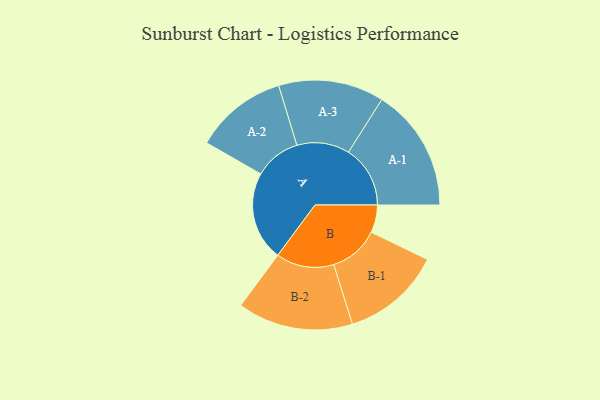
{"axis": {"x": "Segment", "y": "Value"}, "legend": ["", "A", "B"], "data": [{"x": "A", "y": 387, "type": ""}, {"x": "B", "y": 120, "type": ""}, {"x": "A-1", "y": 268, "type": "A"}, {"x": "A-2", "y": 201, "type": "A"}, {"x": "A-3", "y": 229, "type": "A"}, {"x": "B-1", "y": 217, "type": "B"}, {"x": "B-2", "y": 251, "type": "B"}]}